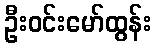
ဦးဝင်းမော်ထွန်း